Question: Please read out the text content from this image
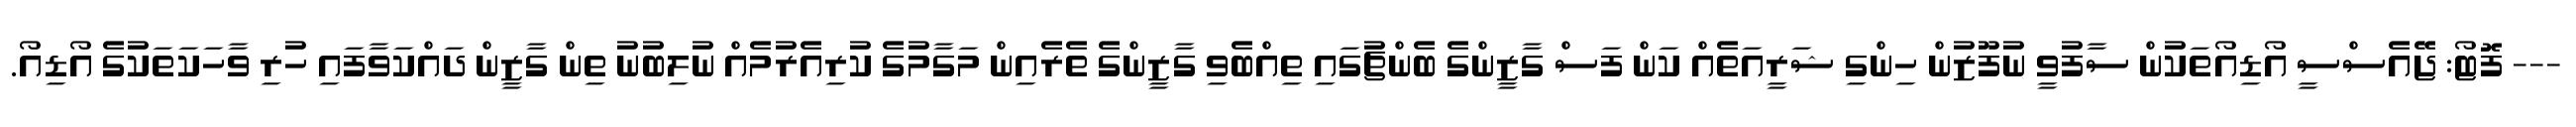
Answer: --- ފޮޓޯ: ޖޭއެސްސީ އޯޑިއޯތަކުން ސާފުވީ ނުފޫޒުން ހިންގި ޝަރީއަތެއް ކަން ފަސް ގާޒީންގެ ބެންޗުގައި ތިއްބެވި ގާޒީންގެ ތެރެއިން މަގާމުގެ ކުރިއެރުމެއް ނުލިބުނު ތިން ގާޒީން ދައްކަވާފައި ހުރި ވާހަކަތަކުގެ އޯޑިއޯ.